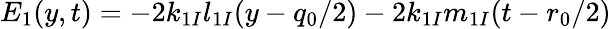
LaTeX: E_{1}(y,t)=-2k_{1I}l_{1I}(y-{q_{0}}/{2})-2k_{1I}m_{1I}(t-{r_{0}}/{2})